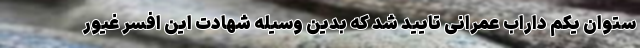
ستوان یکم داراب عمرانی تایید شد که بدین وسیله شهادت این افسر غیور